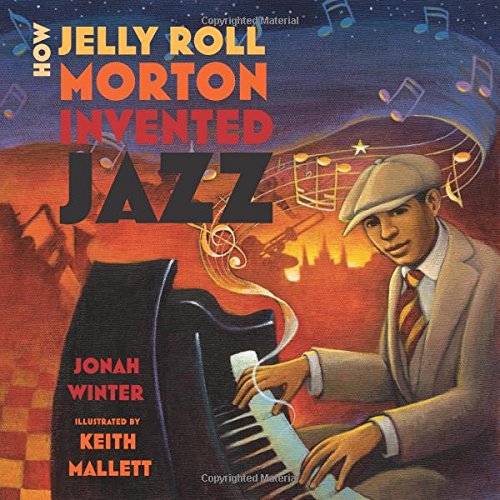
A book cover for How Jelly Roll Morton Invented Jazz; Jonah Winter; Children's Books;